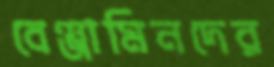
বেঞ্জামিনদের